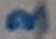
Text: 3